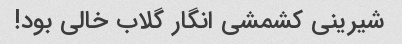
شیرینی کشمشی انگار گلاب خالی بود!